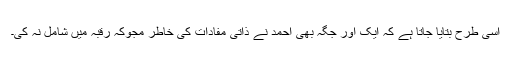
اسی طرح بتایا جاتا ہے کہ ایک اور جگہ بھی احمد نے ذاتی مفادات کی خاطر مجوکہ رقبہ میں شامل نہ کی۔